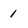
Character: 1